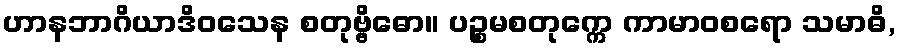
ဟာနဘာဂိယာဒိဝသေန စတုဗ္ဗိဓော။ ပဉ္စမစတုက္ကေ ကာမာဝစရော သမာဓိ,